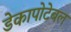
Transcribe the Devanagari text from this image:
डेकापोटेबल